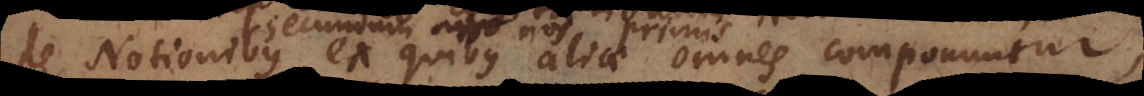
primis ex quibus aliae omnes componuntur,